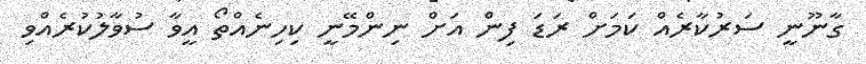
ގާނޫނީ ސަރުކާރެއް ކަމަށް ރަޑަ ފިން އަށް ނިންމޭނީ ކިހިނެއްތޯ އީވާ ސުވާލުކުރެއްވި